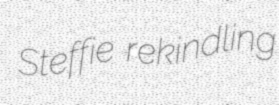
Steffie rekindling